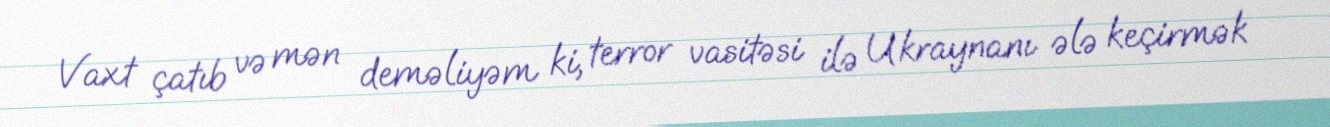
Vaxt çatıb və mən deməliyəm ki, terror vasitəsi ilə Ukraynanı ələ keçirmək